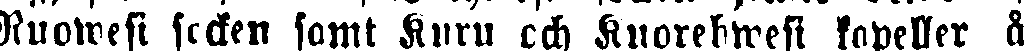
Ruowesi socken samt Kuru och Kuorehwesi kapeller å